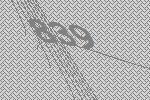
839